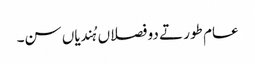
عام طور تے دو فصلاں ہُندیاں سن۔